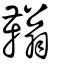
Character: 䩺